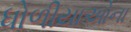
ધોળીયાઓના